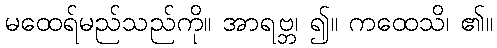
မထေရ်မည်သည်ကို။ အာရဗ္ဘ၊ ၍။ ကထေသိ၊ ၏။